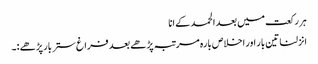
ہر رکعت میں بعد الحمد کے انا
انزلنا تین بار اور اخلاص بارہ مرتبہ پڑھے بعد فراغ ستر بار پڑھے :۔